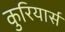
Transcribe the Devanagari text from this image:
कुरियार्स